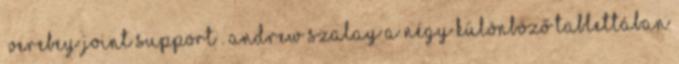
„Verebey Joint Support”. Andrew Szalay a négy különböző tablettában